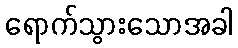
ရောက်သွားသောအခါ